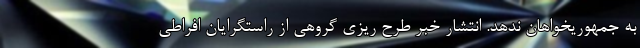
به جمهوریخواهان ندهد. انتشار خبر طرح ریزی گروهی از راستگرایان افراطی